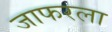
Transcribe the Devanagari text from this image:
जाफरला